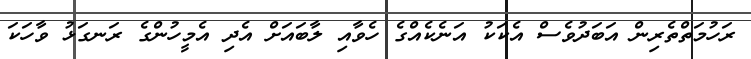
ރަހުމަތްތެރިން އަބަދުވެސް އެކަކު އަނެކެއްގެ ހެވާއި ލާބައަށް އެދި އެމީހުންގެ ރަނގަޅު ވާހަކަ